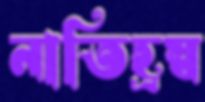
নাতিহ্রস্ব